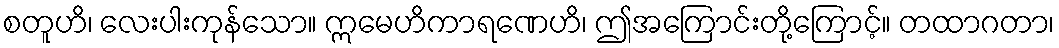
စတူဟိ၊ လေးပါးကုန်သော။ ဣမေဟိကာရဏေဟိ၊ ဤအကြောင်းတို့ကြောင့်။ တထာဂတာ၊